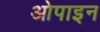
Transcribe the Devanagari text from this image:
ओपाइन